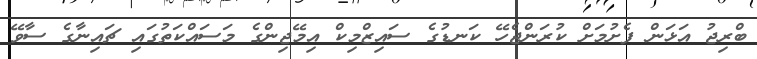
ބްރިޖު އަޅަން ފެށުމަށް ކުރަންޖެހޭ ކަނޑުގެ ސައިޒްމިކް އިމޭޖިންގެ މަސައްކަތުގައި ޗައިނާގެ ސާވޭ